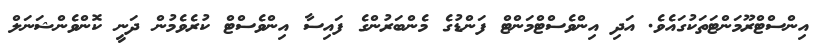
އިންސްޓްރޫމަންޓަތަކުގައެވެ. އަދި އިންވެސްޓްމަންޓް ފަންޑުގެ މެންބަރުންގެ ފައިސާ އިންވެސްޓް ކުރެވެމުން ދަނީ ކޮންވެންޝަނަލް